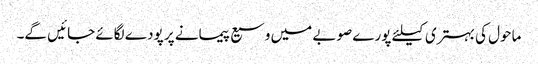
ماحول کی بہتری کیلئے پورے صوبے میں وسیع پیمانے پر پودے لگائے جائیں گے۔